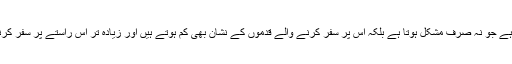
سچ کا سفر اور راستہ ایسا ہی راستہ ہوتا ہے جو نہ صرف مُشکل ہوتا ہے بلکہ اُس پر سفر کرنے والے قدموں کے نشان بھی کم ہوتے ہیں اور زیادہ تر اِس راستے پر سفر کرنے والے اکیلے اور تنہا ہی نظر آتے ہیں۔